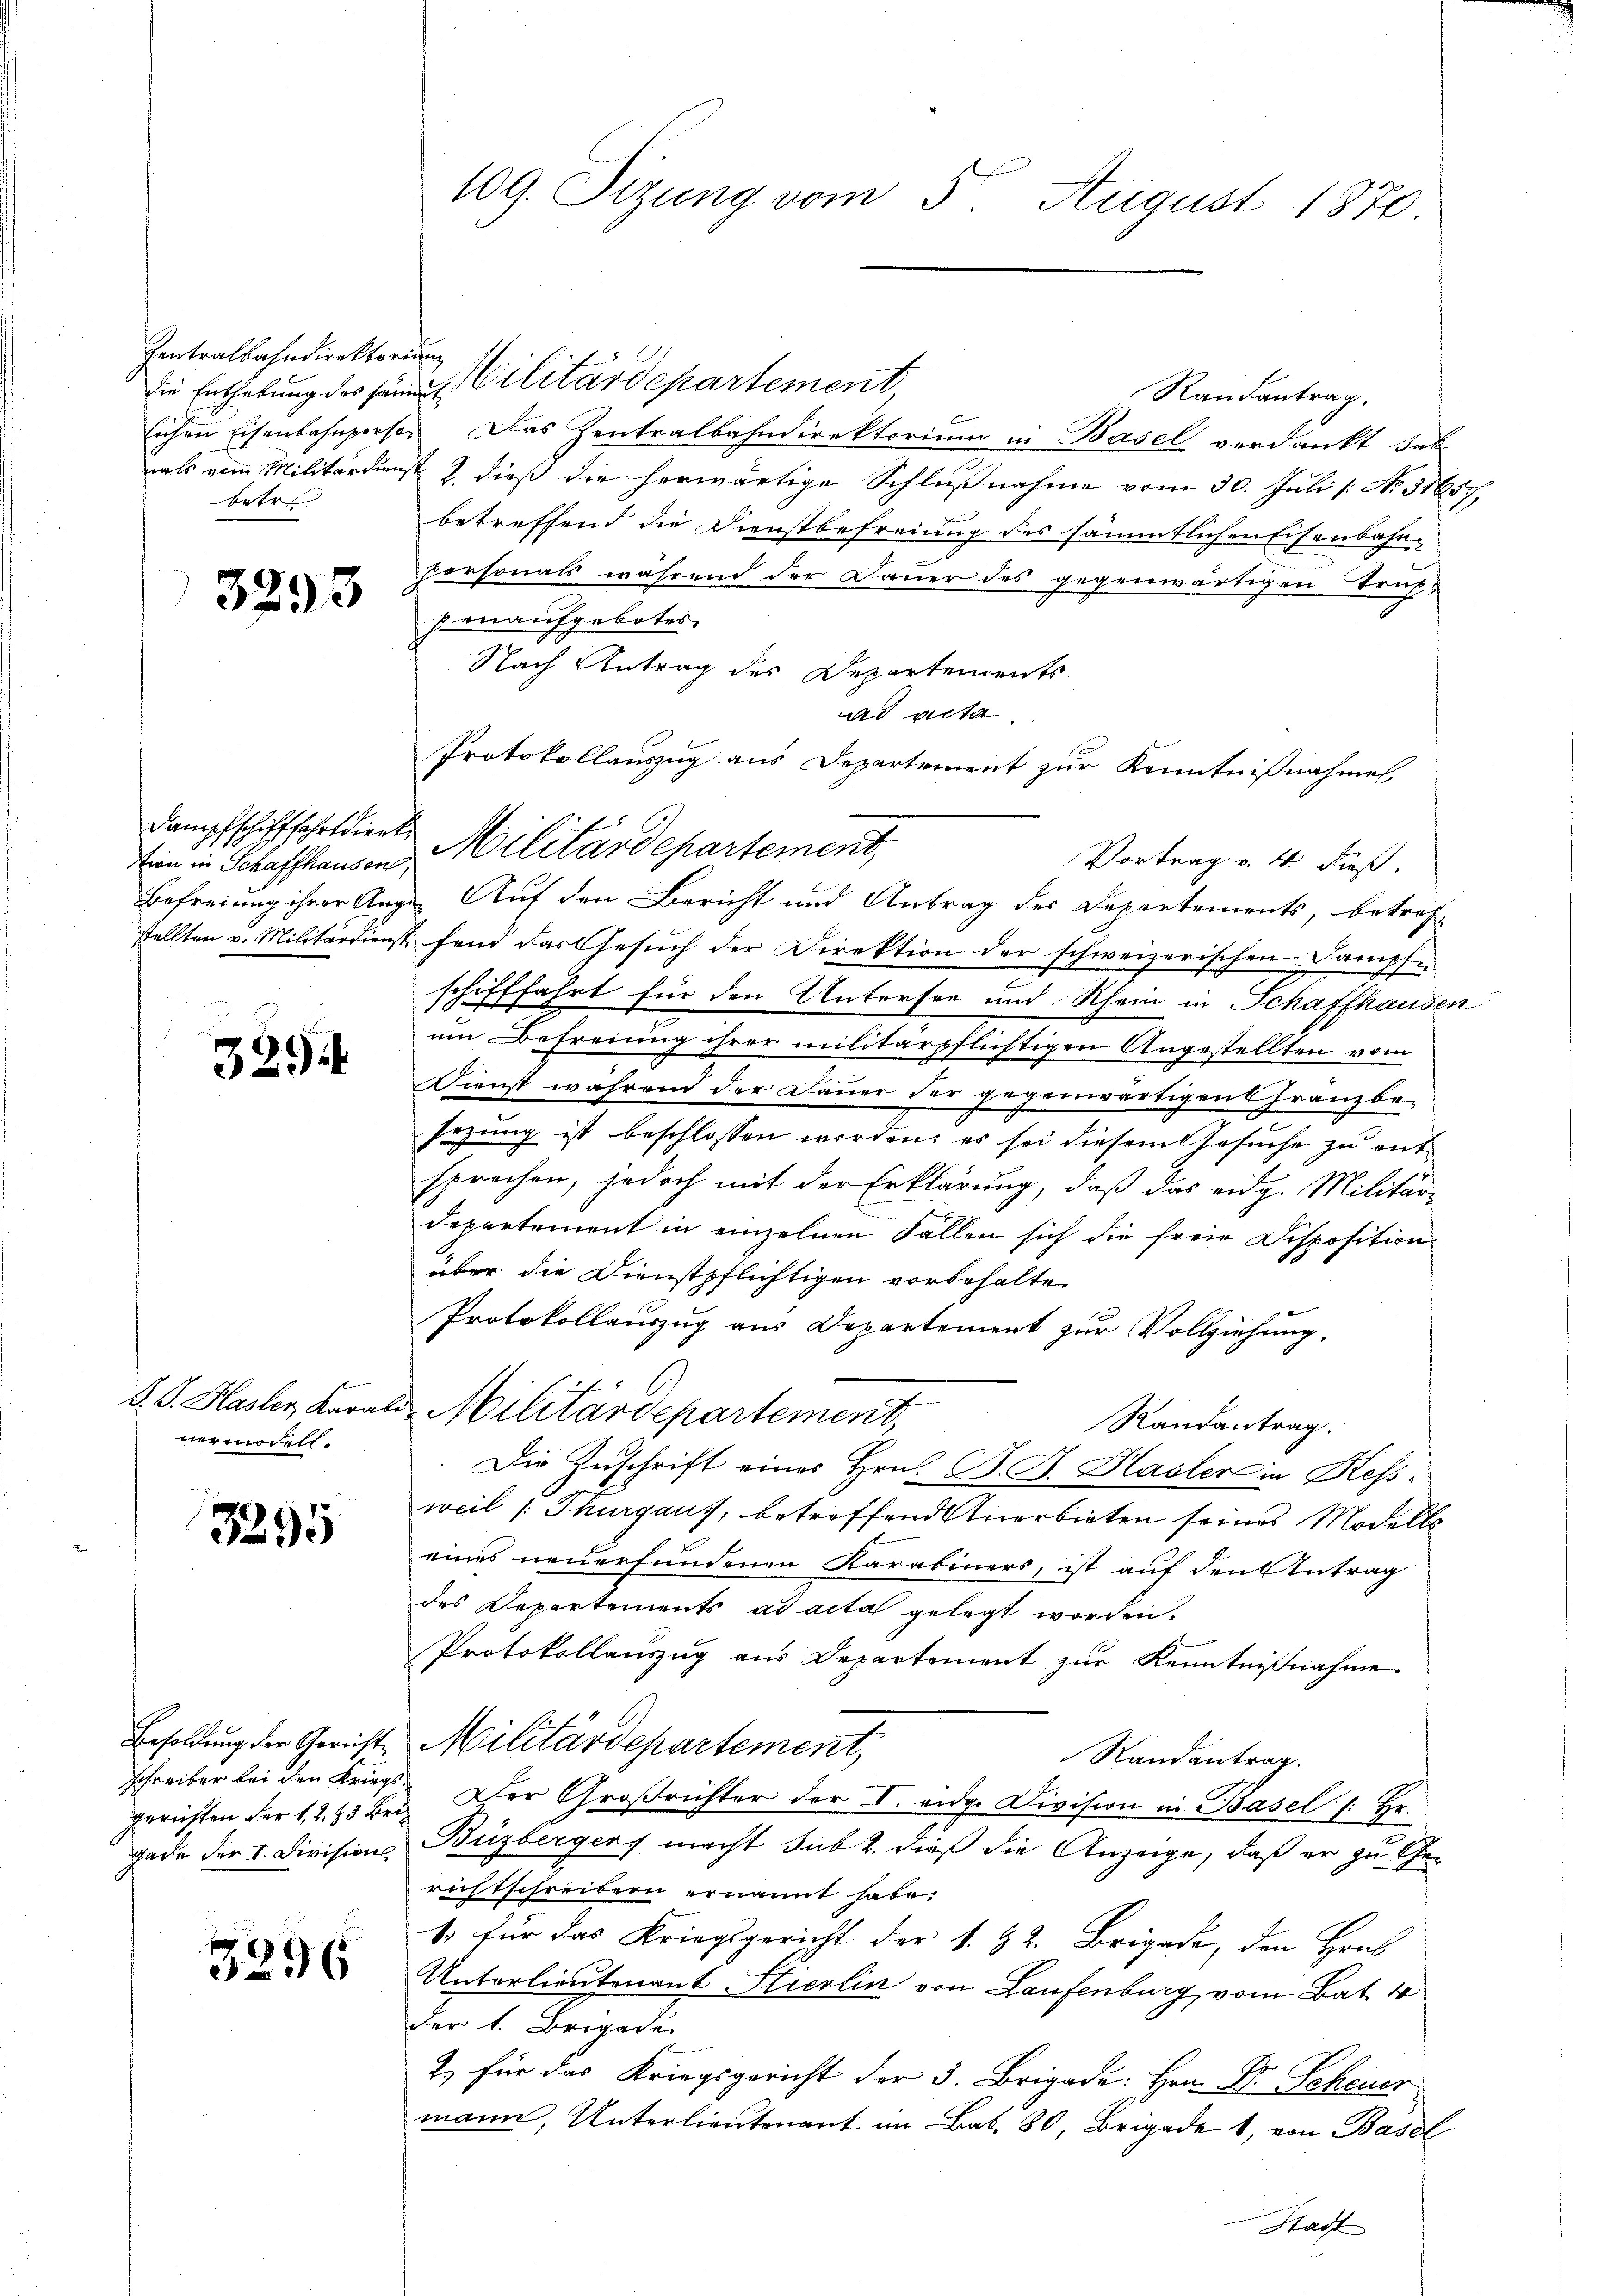
Zentralbahndirektorium
betr

3293

tion in Schaffhausen,

329

vermodelt.

3295

schreiber bei den Kriegs¬

3296

die Enthebung des Händen Cilitärdepartement,
Randantrag.
lichen Eisenbahnperso. Das Zentralbahndirektorium in Basel verdankt dab
aals vom Militärdienst 2. dieß die herwärtige Schlußnahme vom 30. Juli /: No 31657,
betreffend die Dienstbefreiung des sämmtlichen Eisenbahn-
personals während der Dauer des gegenwärtigen Truppenaufgebotes
Nach Antrag des Departements
ad acta
Protokollauszug aus Departement zur Kenntnißnahme
Dampfschifffahrtdierte Militärdepartement,
Vortrag v. 4. dieß.
Befreiung ihrer Augen Auf den Bericht und Antrag des Departements, betrefstellten u. Militärdienst fand das Gesuch der Direktion der schweizerischen Dampfe
Sel
Effahrt für den Unterson und Rhein in Schaffhausen
1
um Befreiung ihrer militärpflichtigen Angestellten vom
Dienst während der Dauer der gegenwärtigens Franzbe-
sezung ist beschlossen worden; es sei diesem Gesuche zu entsprechen, jedoch mit der Erklärung, daß das eidg. Militär-
departement in einzelnen Fallen sich die freie Disposition
über die Dienstpflichtigen vorbehalten
Protokollauszug aus Departement zur Vollziehung,
D. G. Hasler, Karale Militärdepartement,
Randantrag.
Die Zuschrift eines Hrn. G. B. Hasler in Kessweil [Thurgaus, betreffend Anerbieten seines Modells
eines neuerfundenen Karabiners, ist auf den Antrag
des Departements ad acta gelegt worden.
Protokollauszug aus Departement zur Kenntnißnahme.
Besoldung der Gerichts-Militärdepartement,
Randantrag.
gerüsten der 1. 2. 23 bei. Der Großrichter der I. eidg. Division in Basel (: Hr.
gade der I. Divisions Buzbergers macht sub 2. dieß die Anzeige, daß er zu Gerichtschreibern ernannt habe.
1. für das Kriegsgericht der S. 32. Brigade, den Hrn.
Unterlieutenant Hierlin von Laufenburg, vom Bat. 4
der 1. Brigade
Z. für das Kriegsgericht der 3. Brigade: Hrn. Dr. Scheuer
mann, Unterlieutenant im Bat. 80, Brigade 1, von Basel
Stadt

109. Sizung vom 5. August 1870.